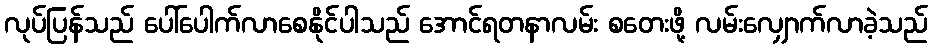
လုပ်ပြန်သည် ပေါ်ပေါက်လာစေနိုင်ပါသည် အောင်ရတနာလမ်း စတေးဖို့ လမ်းလျှောက်လာခဲ့သည်